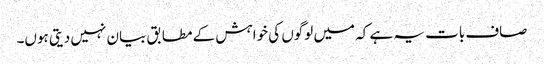
صاف بات یہ ہے کہ میں لوگوں کی خواہش کے مطابق بیان نہیں دیتی ہوں۔